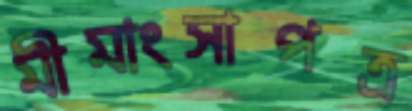
মীমাংসাপত্র